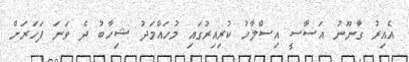
އެއިރު ގާނޫނު އަސާސީ އިސްލާހު ކުރިއިރުގައި މުހައްމަދު ޝިހާބު ދެ ވަނަ ފަހަރަށް